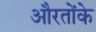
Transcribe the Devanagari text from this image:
औरतोंके